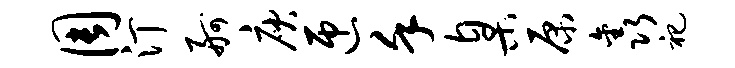
周汀舸庾匝堇臬原鑫祀